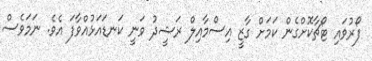
ފޯރުވައި ޓޯޗާކޮށްގެން ކަމަށް ގާޒީ އިސްމާއިލް ރަޝީދު ވަނީ ކަނޑައަޅުއްވާފަ އެވެ. ނަމަވެސް